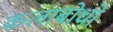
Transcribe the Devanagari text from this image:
कलाबोधों